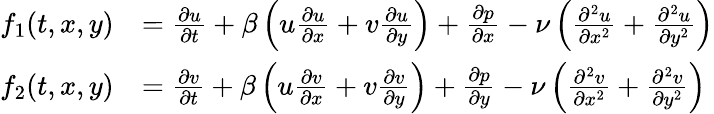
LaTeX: \begin{array}{rl}{f_{1}(t,x,y)}&{=\frac{\partial u}{\partial t}+\beta\left(u\frac{\partial u}{\partial x}+v\frac{\partial u}{\partial y}\right)+\frac{\partial p}{\partial x}-\nu\left(\frac{\partial^{2}u}{\partial x^{2}}+\frac{\partial^{2}u}{\partial y^{2}}\right)}\\ {f_{2}(t,x,y)}&{=\frac{\partial v}{\partial t}+\beta\left(u\frac{\partial v}{\partial x}+v\frac{\partial v}{\partial y}\right)+\frac{\partial p}{\partial y}-\nu\left(\frac{\partial^{2}v}{\partial x^{2}}+\frac{\partial^{2}v}{\partial y^{2}}\right)}\end{array}